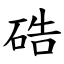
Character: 硞